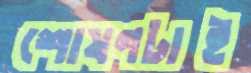
শোষণটাই